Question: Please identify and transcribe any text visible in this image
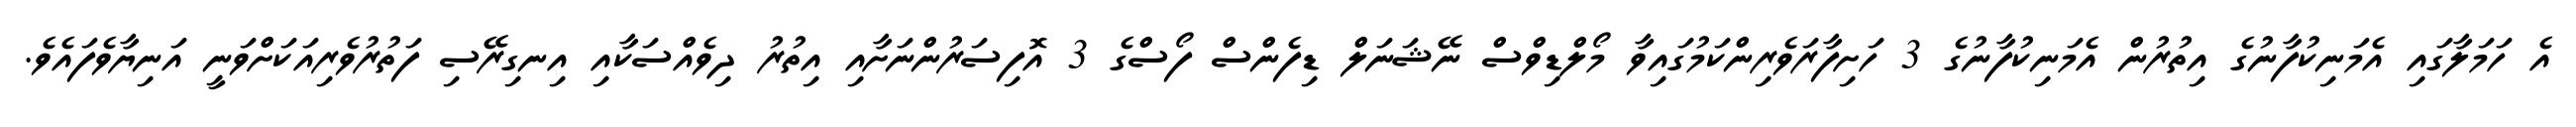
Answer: އެ ހަމަލާގައި އެމަނިކުފާނުގެ އިތުރުން އެމަނިކުފާނުގެ 3 ހަށިފާރަވެރިންކަމުގައިވާ މޯލްޑިވްސް ނޭޝަނަލް ޑިފެންސް ފޯސްގެ 3 އޮފިސަރުންނަށާއި އިތުރު ދިވެއްސަކާއި އިނގިރޭސި ފަތުރުވެރިއަކަށްވަނީ އަނިޔާވެފައެވެ.